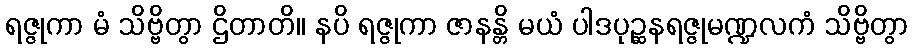
ရဇ္ဇုကာ မံ သိဗ္ဗိတွာ ဌိတာတိ။ နပိ ရဇ္ဇုကာ ဇာနန္တိ မယံ ပါဒပုဉ္ဆနရဇ္ဇုမဏ္ဍလကံ သိဗ္ဗိတွာ